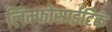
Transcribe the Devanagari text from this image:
लिम्फोसाईटिक